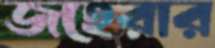
জহেরার